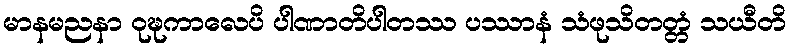
မာနမညနာ ဝုဍ္ဎကာလေပိ ပါဏာတိပါတဿ ပဿာနံ သံဖုသိတတ္တံ သယီတိ